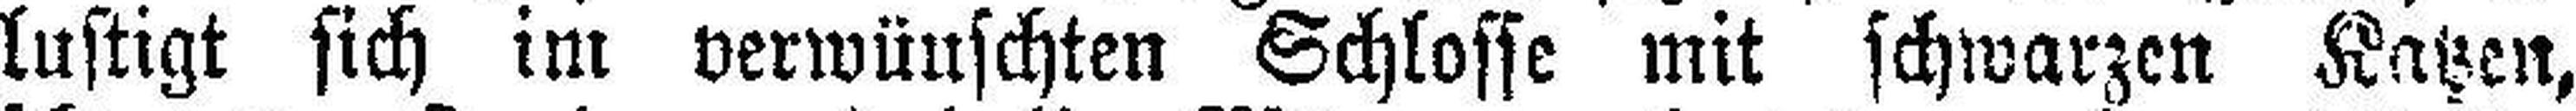
lustigt sich im verwünschten Schlosse mit schwarzen Katzen,